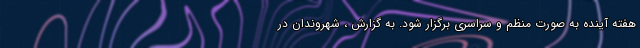
هفته آینده به صورت منظم و سراسری برگزار شود. به گزارش ، شهروندان در